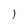
Character: 1